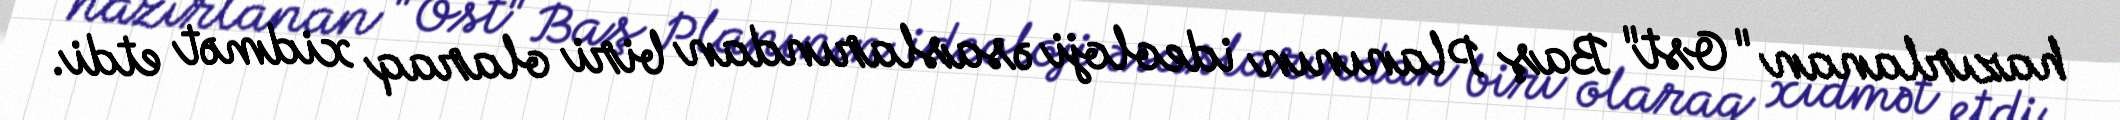
hazırlanan "Ost" Baş Planının ideoloji əsaslarından biri olaraq xidmət etdi.